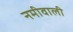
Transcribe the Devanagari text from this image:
नमीवाली